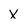
Character: X